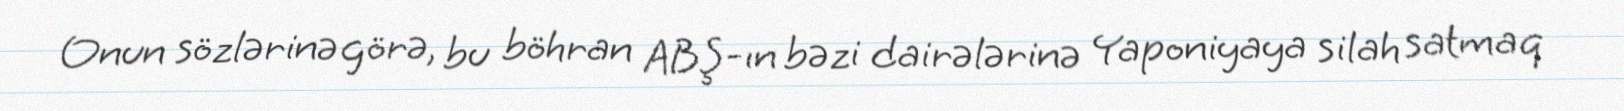
Onun sözlərinə görə, bu böhran ABŞ-ın bəzi dairələrinə Yaponiyaya silah satmaq